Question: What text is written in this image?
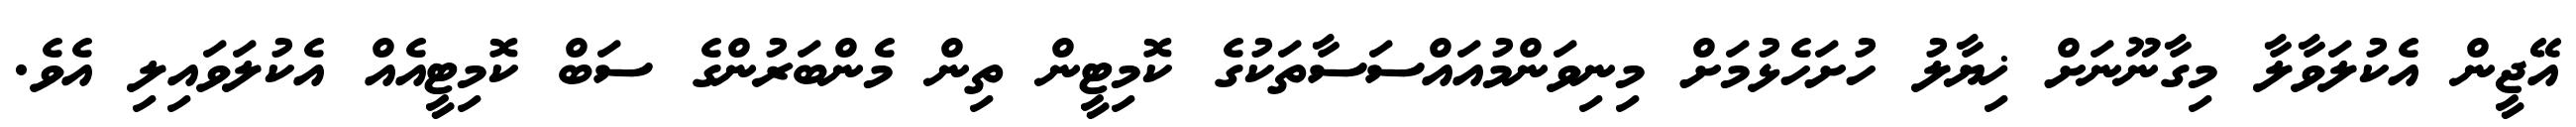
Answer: އޭޖީން އެކުލަވާލާ މިގާނޫނަށް ޚިޔާލު ހުށަހެޅުމަށް މިނިވަންމުއައްސަސާތަކުގެ ކޮމިޓީން ތިން މެންބަރުންގެ ސަބް ކޮމިޓީއެއް އެކުލަވައިލި އެވެ.